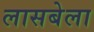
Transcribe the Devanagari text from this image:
लासबेला